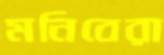
মনিবেরা